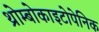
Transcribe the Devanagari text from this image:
थ्रोम्बोकाइटोपेनिक